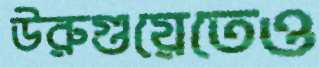
উরুগুয়েতেও